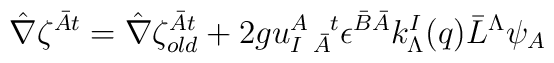
\hat \nabla \zeta^{\bar A t}= \hat \nabla \zeta^{\bar A t}_{old}+2g u^{A~~t}_{I~\bar A} \epsilon^{\bar B \bar A}k^I_\Lambda (q){\bar L}^\Lambda\psi_A